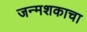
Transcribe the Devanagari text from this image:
जन्मशकाचा